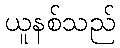
ယူနစ်သည်